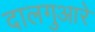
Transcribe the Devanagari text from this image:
दालगुआरे